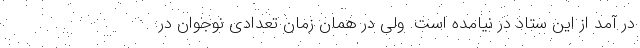
در آمد از این ستاد در نیامده است. ولی در همان زمان تعدادی نوجوان در